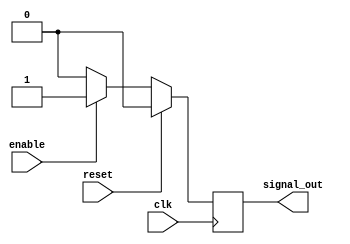
module SynchronousSignal (
    input wire clk,
    input wire reset,
    input wire enable,
    output wire signal_out
);

    reg signal_reg;

    always @(posedge clk) begin
        if (reset) begin
            signal_reg <= 0;
        end else if (enable) begin
            signal_reg <= 1;
        end else begin
            signal_reg <= 0;
        end
    end

    assign signal_out = signal_reg;

endmodule